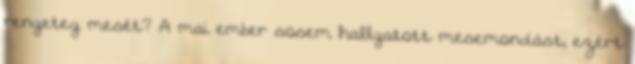
rengeteg mesét? A mai ember sosem hallgatott mesemondást, ezért